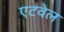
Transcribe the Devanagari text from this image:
एटवेल